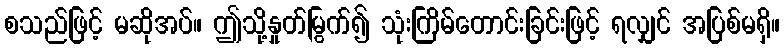
စသည်ဖြင့် မဆိုအပ်။ ဤသို့နှုတ်မြွက်၍ သုံးကြိမ်တောင်းခြင်းဖြင့် ရလျှင် အပြစ်မရှိ။